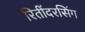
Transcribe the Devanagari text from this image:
रितींदरसिंग